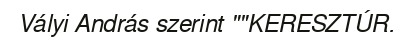
Vályi András szerint ""KERESZTÚR.